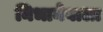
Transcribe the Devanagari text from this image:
निभानेवाला